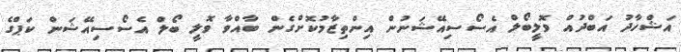
އަޝްހާދު އަބްދުއް ވޮލީބޯލް އެސޯސިއޭޝަނުން އިންތިޒާމުކޮށްގެން ބާއްވާ ވޮލީ ބޯލް އެސޯސިއޭޝަަން ކަޕްގެ